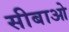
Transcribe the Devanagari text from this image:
सीबाओ